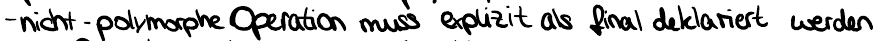
- nicht-polymorphe Operation muss explizit als final deklariert werden